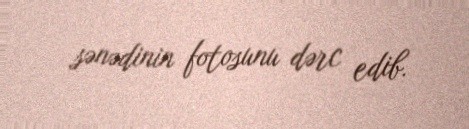
sənədinin fotosunu dərc edib.